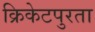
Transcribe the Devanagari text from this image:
क्रिकेटपुरता